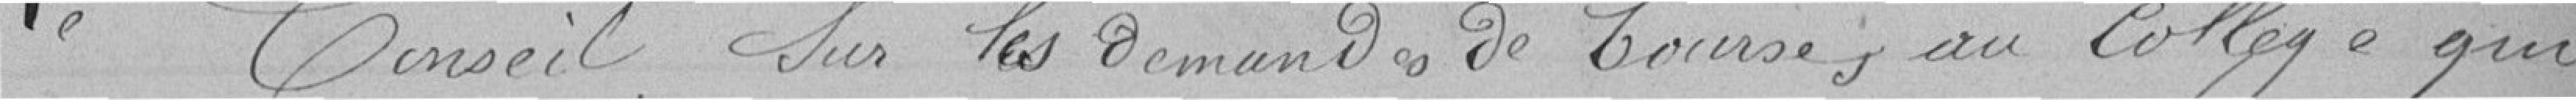
Le Conseil sur les demandes de bourses au Collège qui